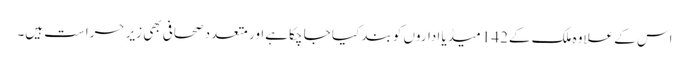
اس کے علاوہ ملک کے142 میڈیا اداروں کو بند کیا جا چکا ہےاور متعدد صحافی بھی زیرِ حراست ہیں۔